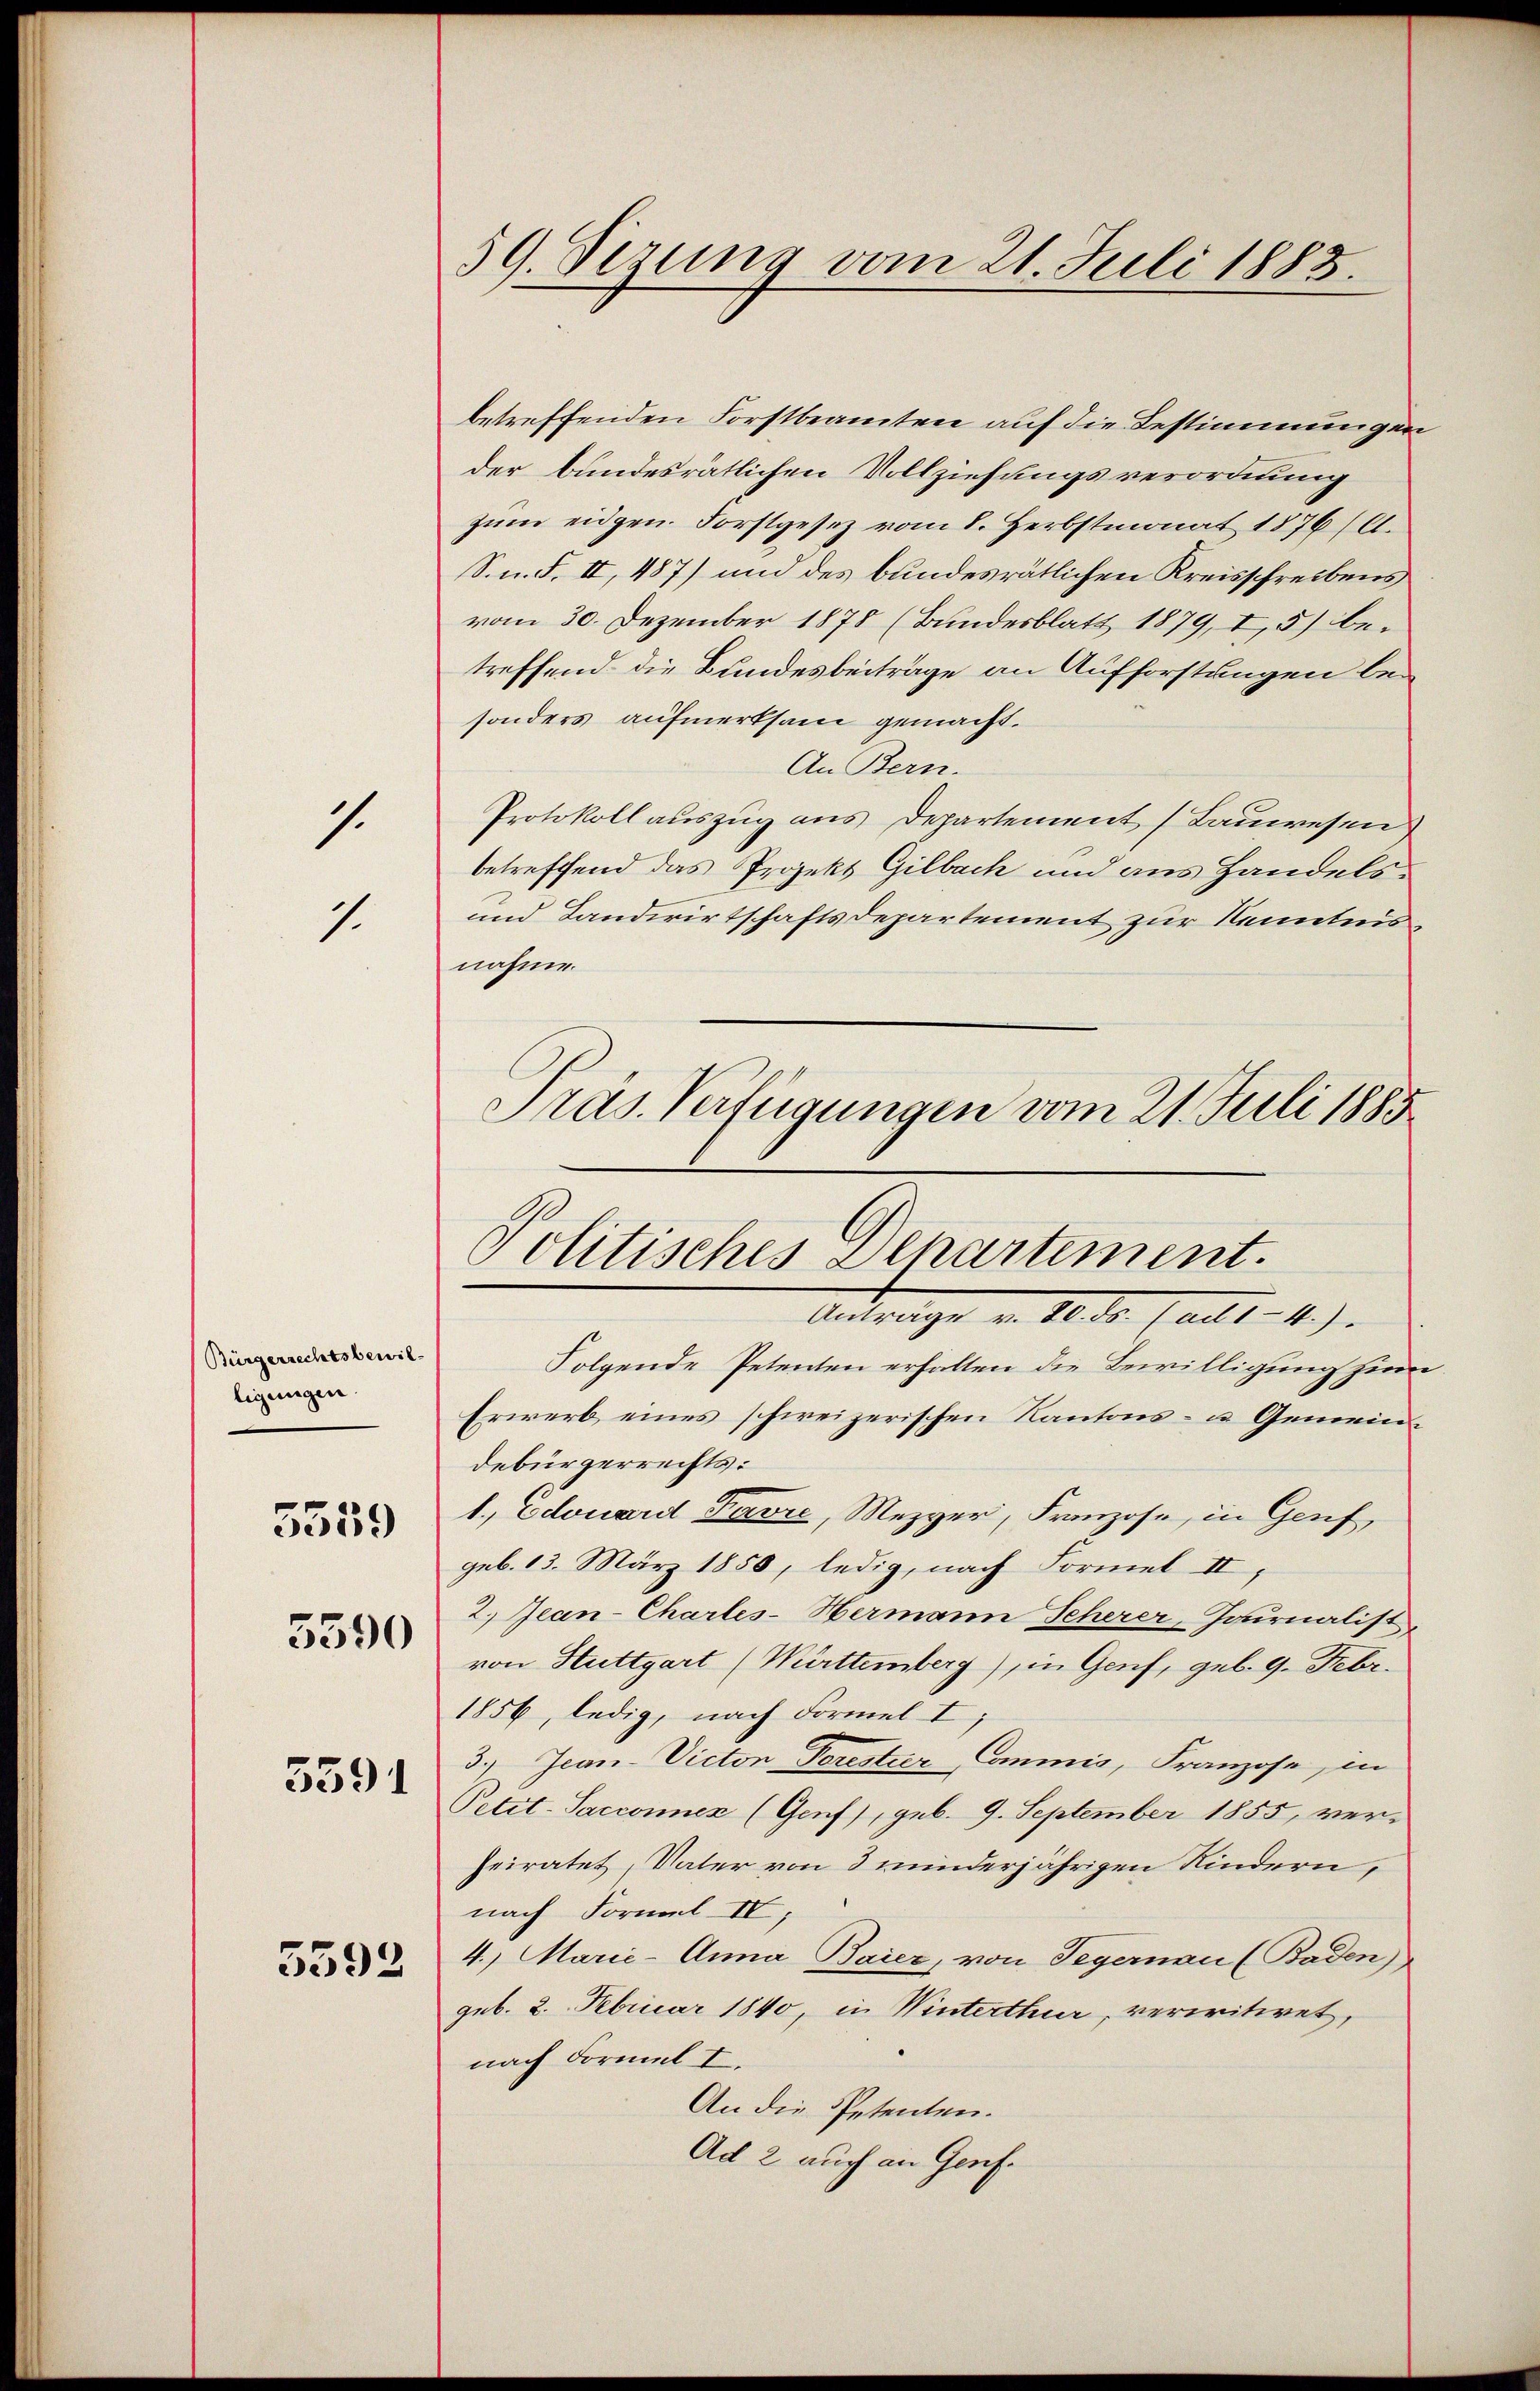
s.
1.

Bürgerrechtsbewilligungen.
5390
5591

5559

5592

59. Sezung vom 21. Juli 1883.

Folgende Petenten erhalten die Bewilligung zum
Erwerb eines schweizerischen Kantons- u. Gemeindebürgerrechts:
1., Edouard Favre, Mezger, Franzose, in Genf,
geb. 13. März 1858, ledig, nach Formel II,
2. Jean-Charles-Hermann Scherer-Journalist
von Stuttgart (Württemberg), in Genf, geb. 9. Febr.
1856, ledig, nach Formel I
3.) Jean-Victon Torestier-Commis, Franzose, in
Petit-Sacconnex (Genf), geb. 9. September 1855, ver-
heiratet, Vater von 3 minderjährigen Kindern,
nach Formel IV,
4.) Marie-Anna Baier, von Segernau (Baden)
geb. 2. Februar 1840, in Winterthur, verwitwet,
nach Formel I.
An die Petenten.
Ad 2 auch an Genf.

betreffenden Forstbeamten auf die Bestimmungen
der bundesrätlichen Vollziehungsverordnung
zum eidgen. Forstgesetz vom 8. Herbstmonat 1876 (l.
S. n. F. II, 487) und des bundesrätlichen Kreisschreibens
vom 30. Dezember 1878 (Bundesblatt 1879, I, 5) betreffend die Bundesbeiträge an Aufforstungen bei
sonders aufmerksam gemacht.
An Bern.
Protokoll auszug aus Departement (Bauwesen
betreffend das Projekt Gilbach und aus Handels¬
und Landwirtschaftsdepartement zur Kenntnisnahme.
Präs. Verfügungen vom 21. Juli 1885

Politisches Departement.
Antrage am 16. d. J. alt.- 11).